Vaccination Hyderabad 1872-1889 - 1872-1889
Year: 1872
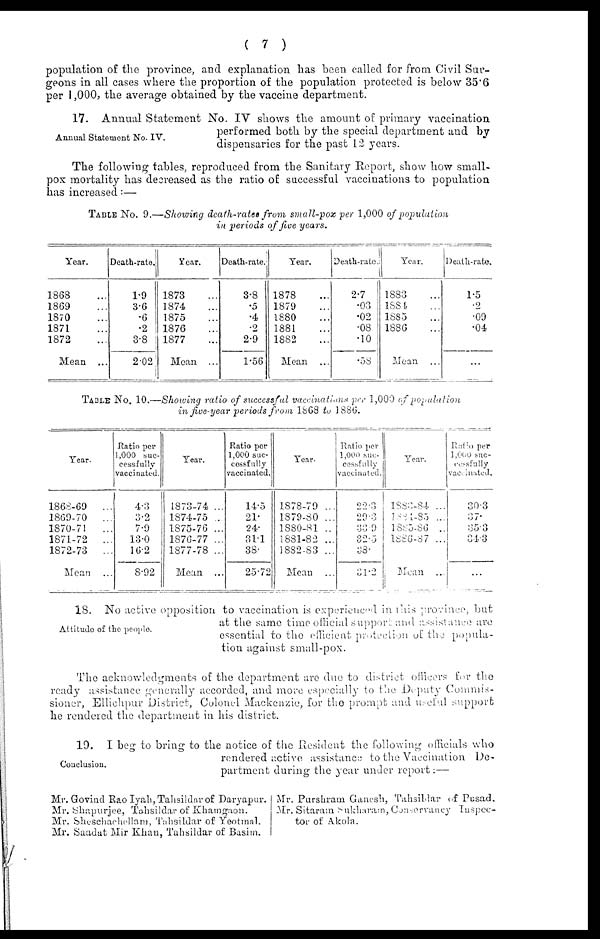
( 7 )
population of the province, and explanation has been called for from Civil Sur-
geons in all cases where the proportion of the population protected is below 35.6
per 1,000, the average obtained by the vaccine department.
Annual Statement No. IV.
17. Annual Statement No. IV shows the amount of primary vaccination
performed both by the special department and by
dispensaries for the past 12 years.
The following tables, reproduced from the Sanitary Report, show how small-
pox mortality has decreased as the ratio of successful vaccinations to population
has increased:—
TABLE No. 9.—Showing death-rates from small-pox per 1,000 of population
in periods of five years.
Year.
1868 ...
1869 ...
1870 ...
1871 ...
1872 ...
Mean
...
Death-rate.
1.9
3.6
.6
.2
3.8
2.02
Year.
1873 ...
1874 ...
1875 ...
1876 ...
1877 ...
Mean
...
Death-rate.
3.8
.5
.4
.2
2.9
1.56
Year.
1878 ...
1879 ...
1880 ...
1881 ...
1882 ...
Mean
...
Death-rate.
2.7
.03
.02
.08
.10
.58
Year.
1883...
1884...
1885...
1886 ...
Mean
...
Death-rate.
1.5
.2
.09
.04
...
TABLE No. 10.—Showing ratio of successful vaccinatins per 1,000 of population
in five-year periods from 1868 to 1886.
Year.
1868-69
...
1869-70
...
1870-71
...
1871-72
...
1872-73
...
Mean
...
Ratio per
1,000 suc-
cessfully
vaccinated.
4.3
3.2
7.9
13.0
162
8.92
Year.
1873-74 ...
1874-75 ...
1875-76 ...
1876-77 ...
1877-78 ...
Mean
...
Ratio per
1,000 suc-
cessfully
vaccinated.
14.5
21.
24.
31.1
38.
25.72
Year.
1878-79 ...
1879-80 ...
1880-81 ...
1881-82 ...
1882-83 ...
Mean
...
Ratio per
1,000 suc-
cessfully
vaccinated.
22.3
29.3
33.9
32.5
38.
31.2
Year.
1883-84 ...
1884-85 ...
1885-86
...
l886-87 ...
Mean
...
Ratio per
1,000 suc-
cessfully
vaccinated.
30.3
37.
35.3
34.3
...
Attitude of the people.
18. No active opposition to vaccination is experiened in this province, but
at the same time official support and assistance are
essential to the efficient protection of the popula-
tion against small-pox.
The acknowledgments of the department are due to district officers for the
ready assistance generally accorded, and more especially to t he Drputy Commis-
sioner, Ellichpur District, Colonel Mackenzie, for the prompt and useful support
he rendered the department in his district.
Conclusion.
19. I beg to bring to the notice of the Resident the following officials who
rendered active assistance to the Vaccination De-
partment during the year under report:—
Mr.Govind Rao Iyah, Tahsildar of Daryapur.
Mr.Shapurjee, Tahsildar of Khamguon.
Mr.Shoschaohcllam, Tahsildar of Yeotmal.
Mr.Saadat Mir Khan, Tahsildar of Basim.
Mr. Purshram Ganesh, Tahsildar of Pusad.
Mr. Sitaram Sukharam, Coaservancy Inspec-
tor of Akola.